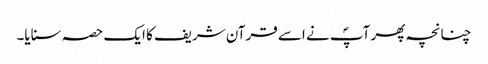
چنانچہ پھر آپؐ نے اسے قرآن شریف کا ایک حصہ سنایا۔